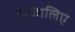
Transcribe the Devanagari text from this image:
निकालिए